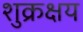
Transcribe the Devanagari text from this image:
शुक्रक्षय